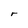
Character: r